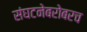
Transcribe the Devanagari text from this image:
संघटनेबरोबरच